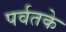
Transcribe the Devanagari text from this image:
पर्वतके